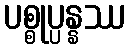
ပစ္စုပ္ပန္နဿ